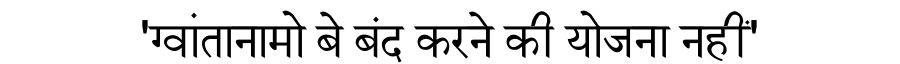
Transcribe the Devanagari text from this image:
'ग्वांतानामो बे बंद करने की योजना नहीं'